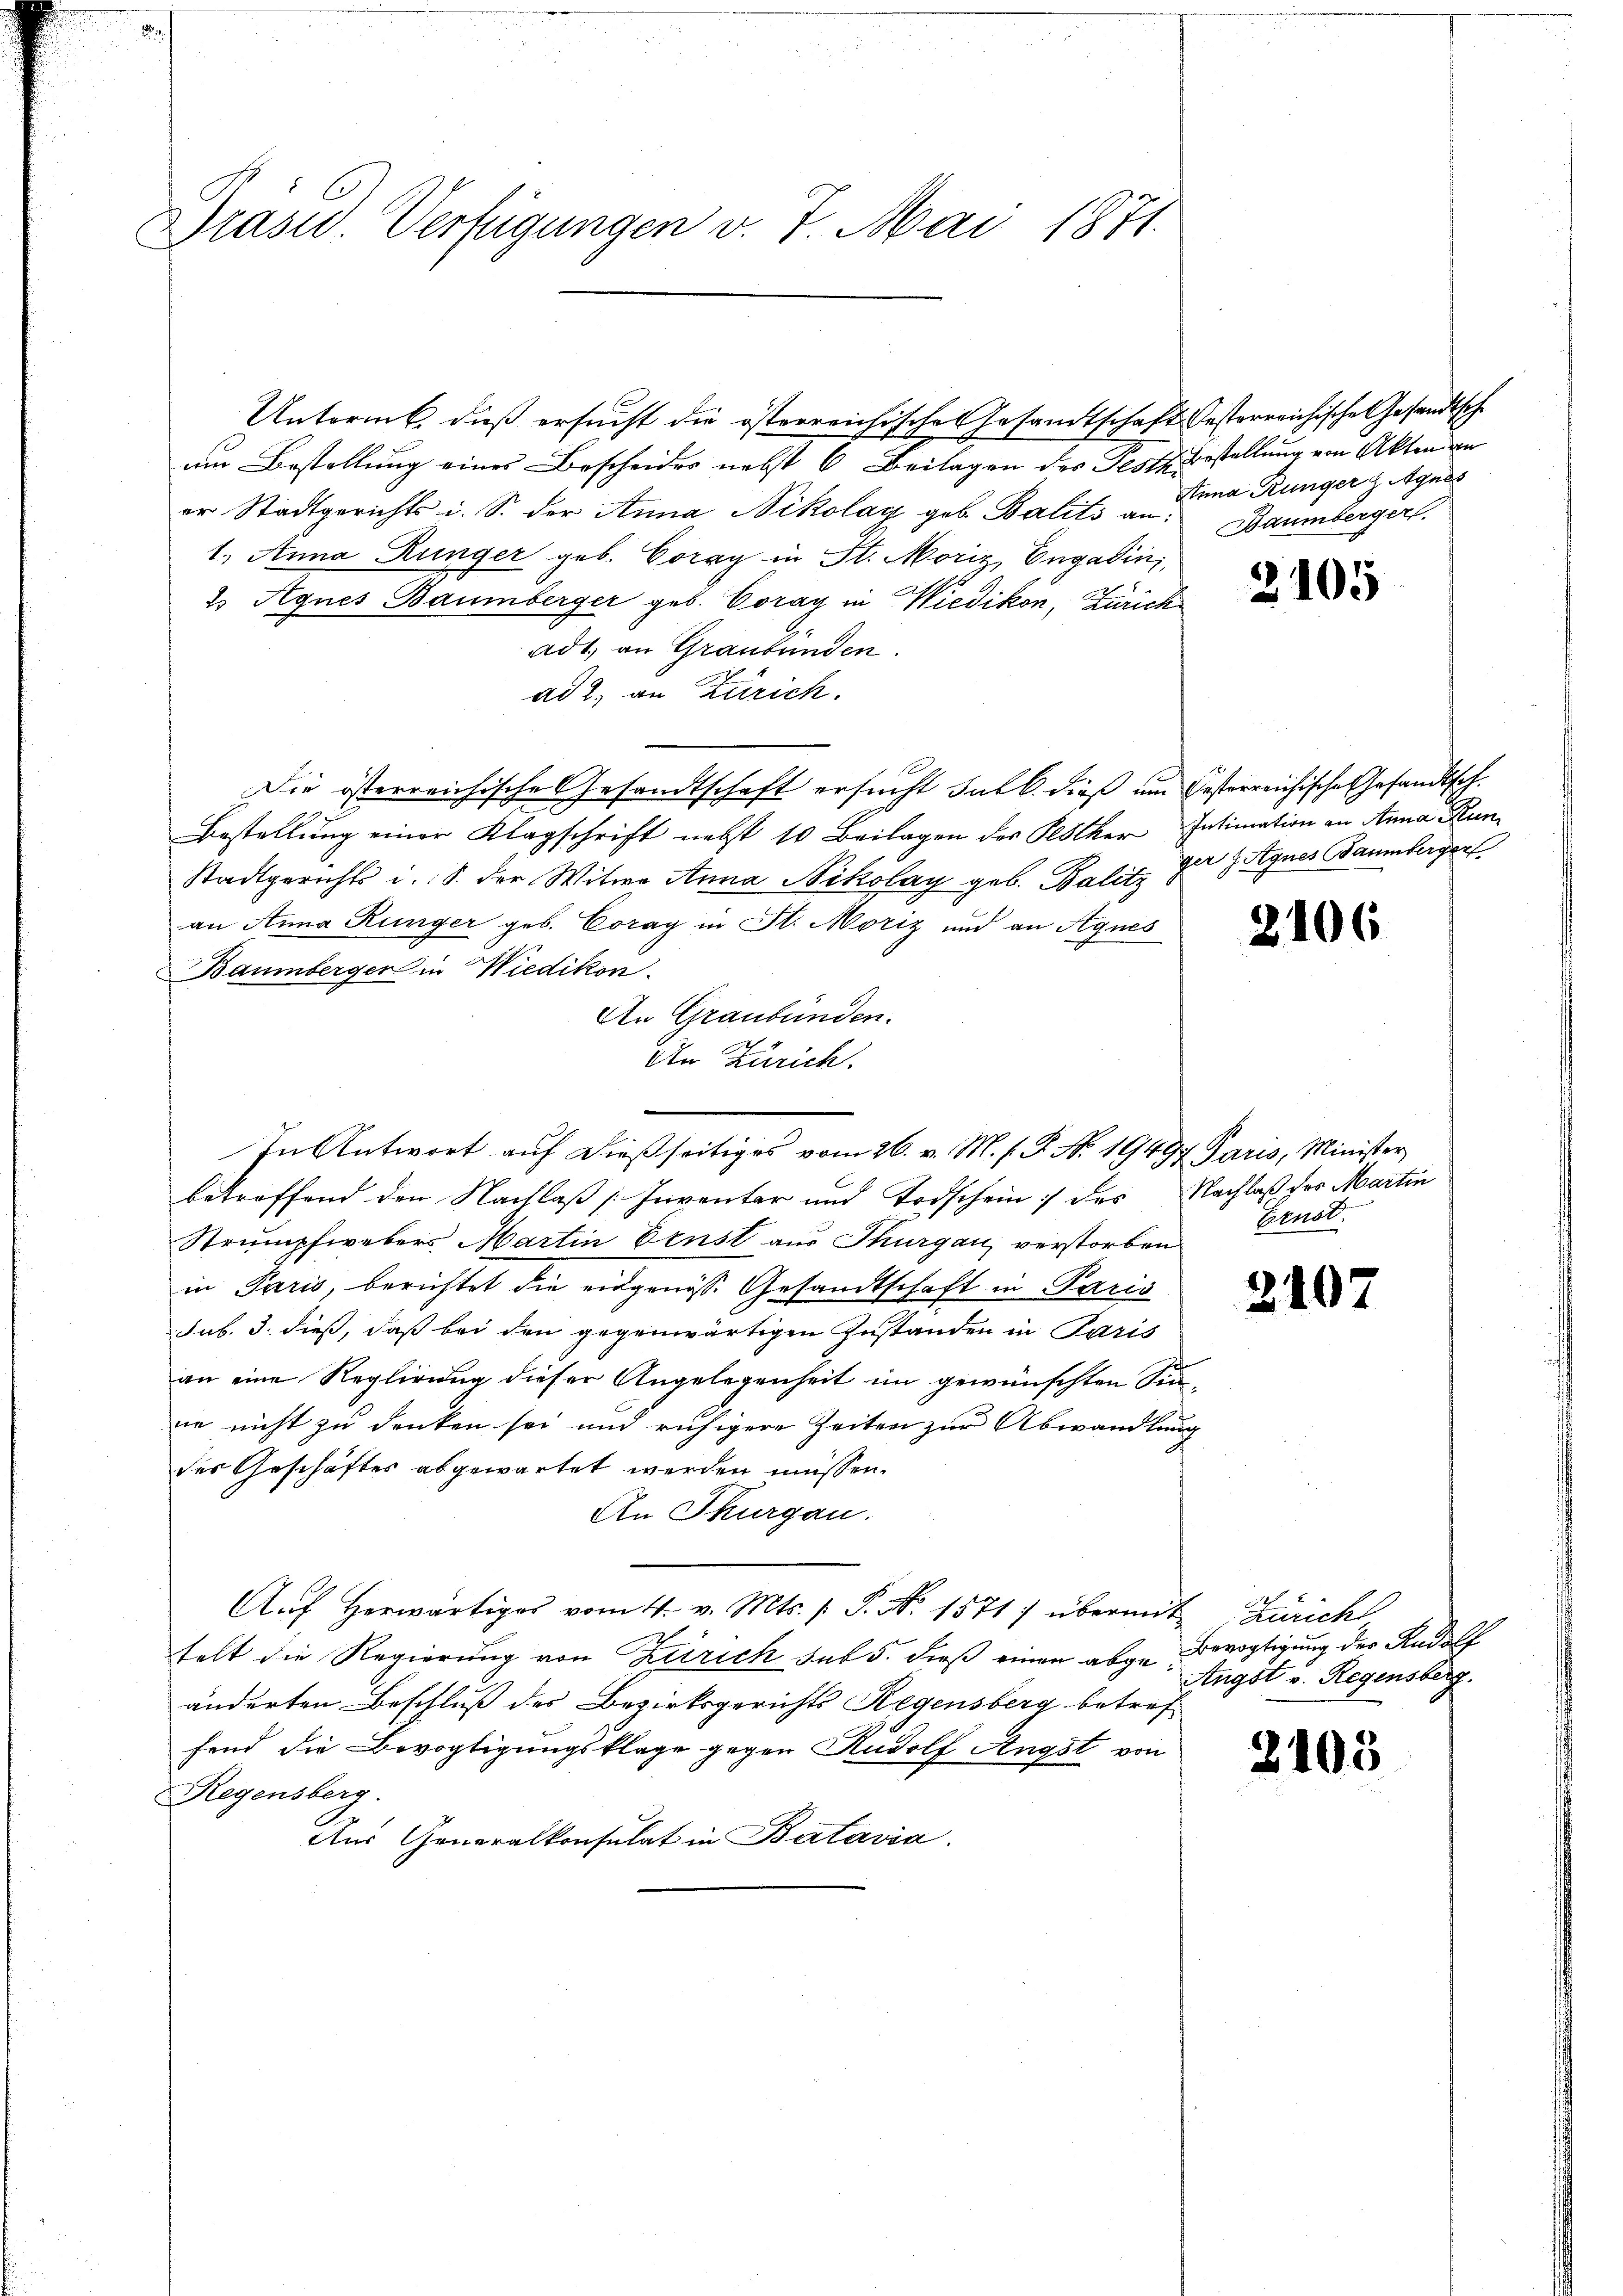
Brasid. Verfügungen v. 7. Mai 1871.

um Bestellung eines Bescheides nebst 6 Beilagen des Teste Bestellung von Akten an
er Stadtgerichts i. S. der Anna Nikolag geb. Balits an: Baumbergerl.
1.) Anna Rünger geb. Coray in St. Moriz Engadin,
2 Agnes Baumberger geb. Coray in Wiedikon, Zürich
ad 1., an Graubünden.
ad 2, an Zürich.
Die österreichische Gesandtschaft ersucht halb. dieß um Gesterreichische Gesandtsch.
Bestellung einer Klagschrift nebst 10 Beilagen der Klölker Intimation an Anna Kun¬
Stadtgerichts i. S. der Witwe Anna Nikolay geb. Balitz
an Anna Rünger geb. Coray in St. Moriz und an Agnes
Baumberger in Wiedikon.
An Graubünden.
An Zürich.
betroffend den Nachlaß [Inventar und Todschein des Nachlaß der Martin
Strumpfwebers Martin Ernst aus Thurgau verstorben
in Paris, berichtet die eidgenösse Gesandtschaft in Paris
sub. 3. dieß, daß bei den gegenwärtigen Zustanden in Paris
an eine Reglirung dieser Angelegenheit im gewünschten Sinne nicht zu denken sei und ruhigere Zeiten zur Abwandlung
des Geschäftes abgewartet werden müssen.
An Thurgau.
Aŭf herwärtiges vom 4. v. Mts. s. S. N. 1571 übermit Zürich
telt die Regierung von Zürich sub 5. dieß einen abge Bevogtigung der Rudolf
änderten Beschluß des Bezirksgerichts Regensberg betref
fend die Bevogtigungsklage gegen Rudolf Angst von
Regensberg.
Aus Generalkonsulat in Batavia.

In Antwort auf dießseitiges vom 26. v. M. h. T. N. 19497 Paris, Minister

Untorms, dieß ersucht die österreichische Gesandtschaft Oesterreichische Gesandtsch

Anna Rünger Agnes

3105

ger J. Agnes Baumberger

2106

Ernst.

2107

Angst v. Regensberg.

3

405